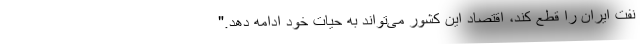
نفت ایران را قطع کند، اقتصاد این کشور می‌تواند به حیات خود ادامه دهد."